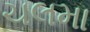
ચલમા